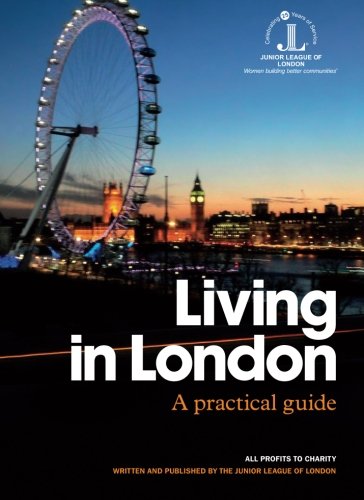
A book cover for Living in London: A practical guide; Junior League of London; Travel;